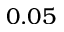
0 . 0 5